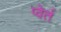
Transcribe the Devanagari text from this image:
प्वेर्त